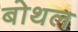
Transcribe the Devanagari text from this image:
बोथल